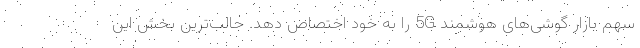
سهم بازار گوشی‌های هوشمند 5G را به خود اختصاص دهد. جالب‌ترین بخش این